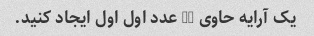
یک آرایه حاوی 10 عدد اول اول ایجاد کنید.